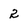
Character: 2